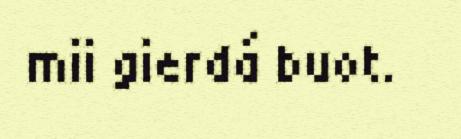
mii gierdá buot.